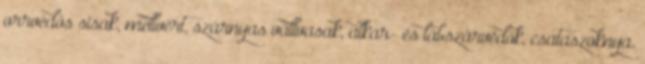
orrvédős sisak, mellvért, szárnyas vállvasak, alkar- és lábszárvédők, csataszoknya.